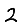
Digit: 2